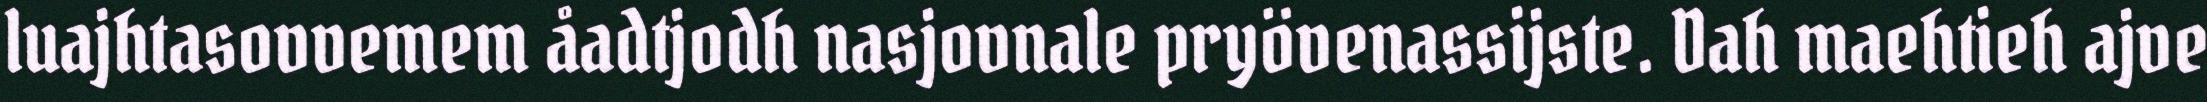
luajhtasovvemem åadtjodh nasjovnale pryövenassijste. Dah maehtieh ajve